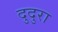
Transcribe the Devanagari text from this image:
दुदुरा